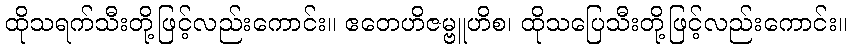
ထိုသရက်သီးတို့ဖြင့်လည်းကောင်း။ ဧတေဟိဇမ္ဗူဟိစ၊ ထိုသပြေသီးတို့ဖြင့်လည်းကောင်း။